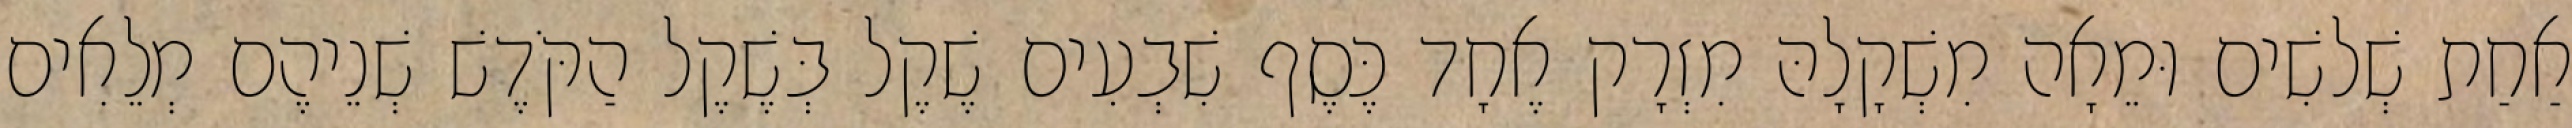
אַחַת שְׁלשִׁים וּמֵאָה מִשְׁקָלָהּ מִזְרָק אֶחָד כֶּסֶף שִׁבְעִים שֶׁקֶל בְּשֶׁקֶל הַקֹּדֶשׁ שְׁנֵיהֶם מְלֵאִים